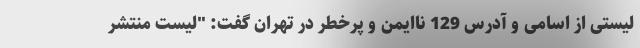
لیستی از اسامی و آدرس 129 ناایمن و پرخطر در تهران گفت: "لیست منتشر